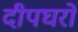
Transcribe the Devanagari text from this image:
दीपघरों